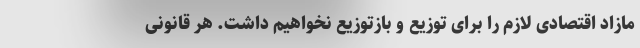
مازاد اقتصادی لازم را برای توزیع و بازتوزیع نخواهیم داشت. هر قانونی